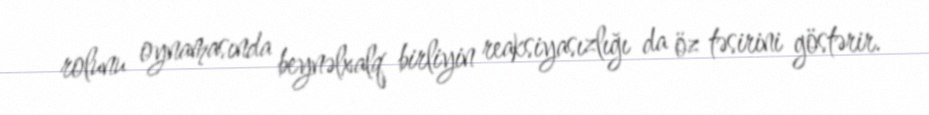
rolunu oynamasında beynəlxalq birliyin reaksiyasızlığı da öz təsirini göstərir.